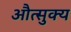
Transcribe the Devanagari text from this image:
औत्सुक्‍य